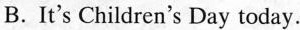
B.It's Children's Day today.